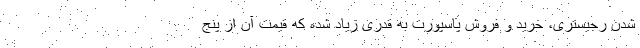
شدن رجیستری، خرید و فروش پاسپورت به قدری زیاد شده که قیمت آن از پنج